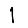
Digit: 1